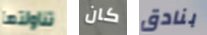
تناولتها كان بنادق